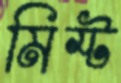
মিস্ট